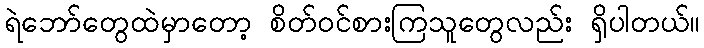
ရဲဘော်တွေထဲမှာတော့ စိတ်ဝင်စားကြသူတွေလည်း ရှိပါတယ်။